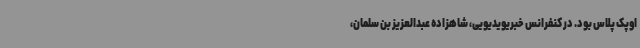
اوپک پلاس بود. در کنفرانس خبریویدیویی، شاهزاده عبدالعزیز بن سلمان،